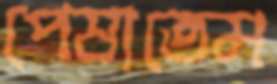
পেষাতেম